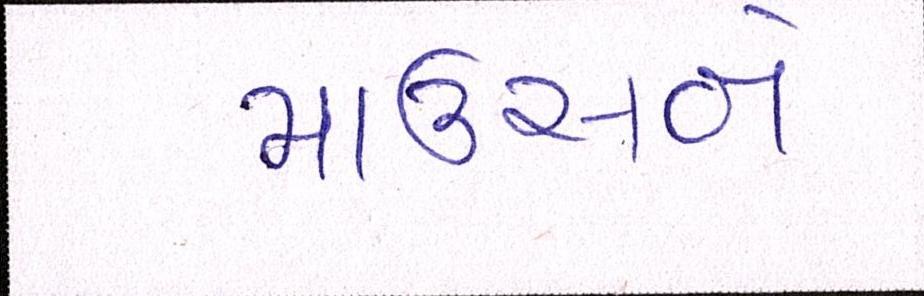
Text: માઉસને